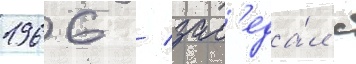
1966 / зас'еда́л с